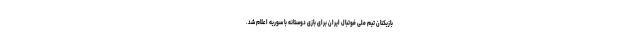
بازیکنان تیم ملی فوتبال ایران برای بازی دوستانه با سوریه اعلام شد.